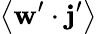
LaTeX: \left\langle\mathbf{w}^{\prime}\cdot\mathbf{j}^{\prime}\right\rangle